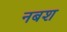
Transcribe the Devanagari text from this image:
नबश